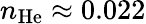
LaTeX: n_{\mathrm{He}}\approx 0.022